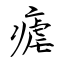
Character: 瘧